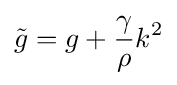
{\tilde {g}}=g+{\frac {\gamma }{\rho }}k^{2}